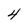
Character: 4